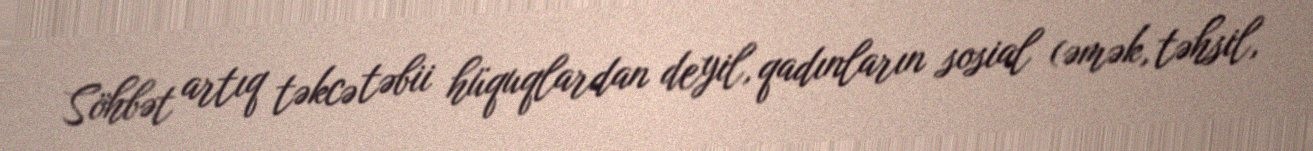
Söhbət artıq təkcə təbii hüquqlardan deyil, qadınların sosial (əmək, təhsil,